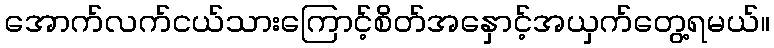
အောက်လက်ငယ်သားကြောင့်စိတ်အနှောင့်အယှက်တွေ့ရမယ်။